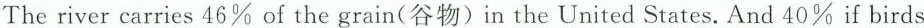
The river carries 46\% of the grain(谷物)in the United States, And 40\% if birds